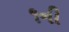
૧ની